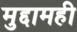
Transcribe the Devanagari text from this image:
मुद्दामही